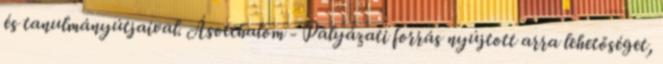
és tanulmányútjaival. Ásotthalom - Pályázati forrás nyújtott arra lehetőséget,